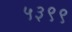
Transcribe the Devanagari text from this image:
५३९९